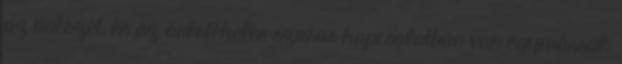
az önérzet, és az önértékelés szoros kapcsolatban van egymással.